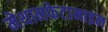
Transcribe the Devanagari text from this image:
मेथामफेटामाइन